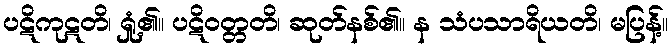
ပဋိကုဋတိ၊ ရှုံ့၏။ ပဋိဝတ္တတိ၊ ဆုတ်နစ်၏။ န သံပသာရိယတိ၊ မပြန့်။